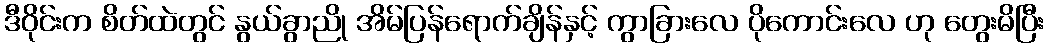
ဒီဝိုင်းက စိတ်ထဲတွင် နွယ်ခွာညို အိမ်ပြန်ရောက်ချိန်နှင့် ကွာခြားလေ ပိုကောင်းလေ ဟု တွေးမိပြီး